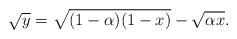
LaTeX: \begin{align*}\sqrt y =\sqrt{(1-\alpha)(1-x)}-\sqrt{\alpha x}.\end{align*}